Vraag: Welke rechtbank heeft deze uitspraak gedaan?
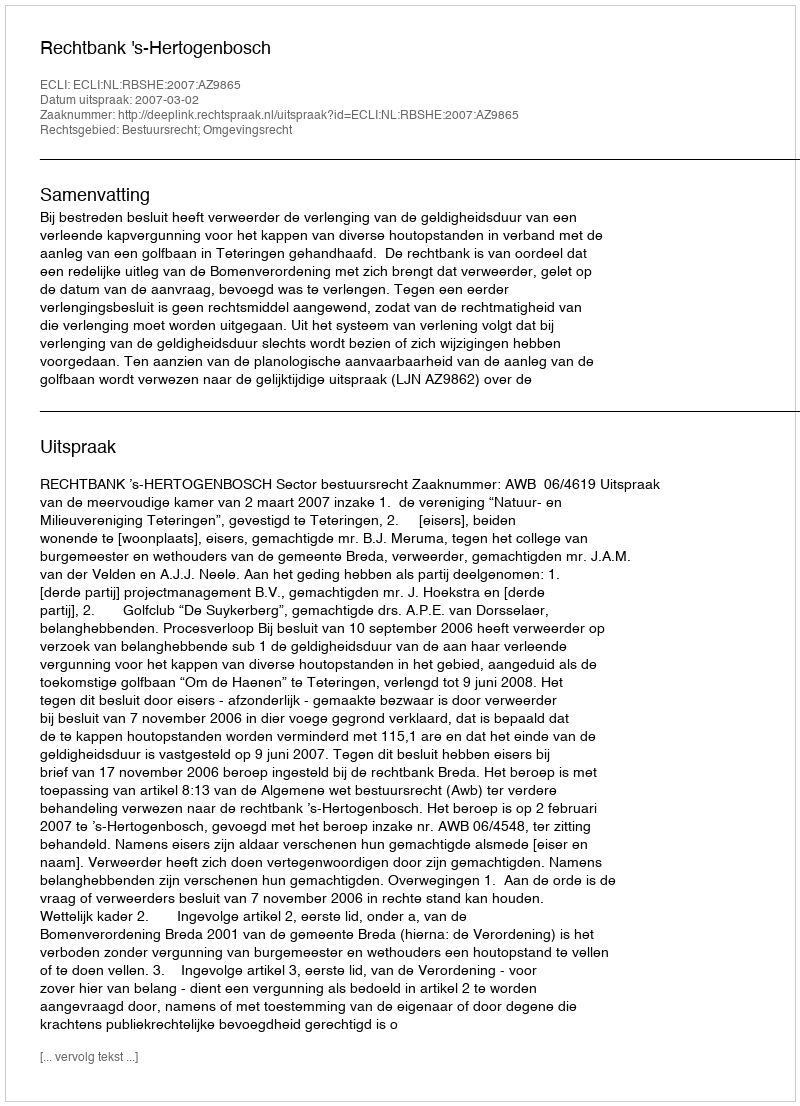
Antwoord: Rechtbank 's-Hertogenbosch